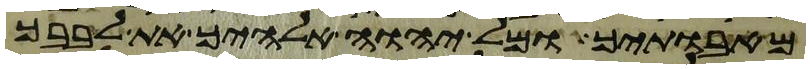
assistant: מאבתיך ומל יהוה אלהיך את לבבך